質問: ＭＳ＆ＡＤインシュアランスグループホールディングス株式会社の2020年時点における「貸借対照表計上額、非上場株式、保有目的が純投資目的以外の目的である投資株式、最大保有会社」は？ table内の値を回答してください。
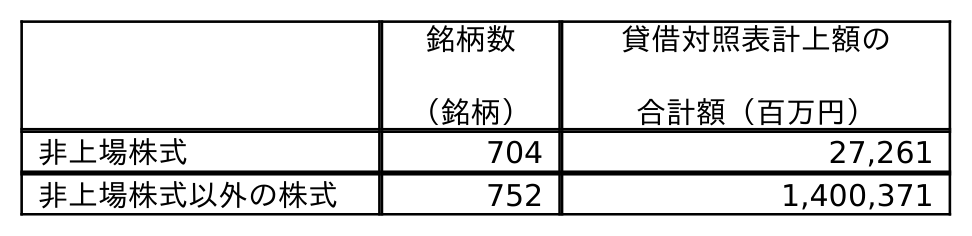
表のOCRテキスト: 銘柄数 （銘柄） 貸借対照表計上額の 合計額（百万円） 非上場株式 704 27,261 非上場株式以外の株式 752 1,400,371
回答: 27,261